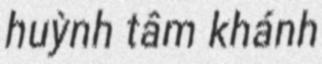
huỳnh tâm khánh